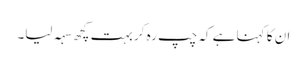
ان کا کہنا ہے کہ چپ رہ کر بہت کچھ سہہ لیا۔